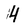
Character: 4